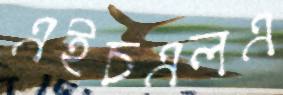
এইচএলএ